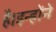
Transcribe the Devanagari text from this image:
है।इन्होंने